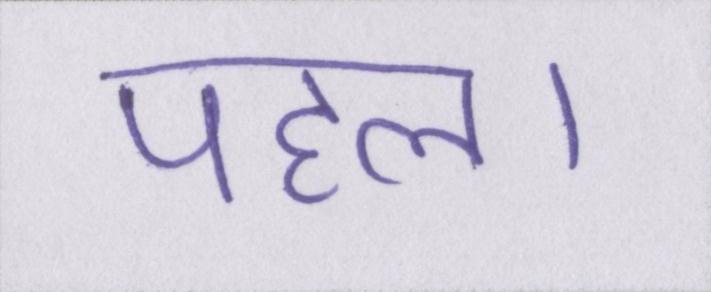
पहल।